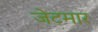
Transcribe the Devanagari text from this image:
जेटमार